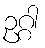
ဥဂ္ဂါ